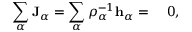
\begin{array} { r l } { \displaystyle \sum _ { \alpha } \mathbf { J } _ { \alpha } = \displaystyle \sum _ { \alpha } \rho _ { \alpha } ^ { - 1 } \mathbf { h } _ { \alpha } = } & { { } ~ 0 , } \end{array}